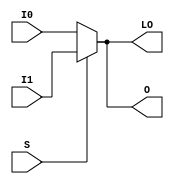
// $Header: /devl/xcs/repo/env/Databases/CAEInterfaces/verunilibs/data/unisims/MUXF6_D.v,v 1.8.158.1 2007/03/09 18:13:10 patrickp Exp $
///////////////////////////////////////////////////////////////////////////////
// Copyright (c) 1995/2004 Xilinx, Inc.
// All Right Reserved.
///////////////////////////////////////////////////////////////////////////////
//   ____  ____
//  /   /\/   /
// /___/  \  /    Vendor : Xilinx
// \   \   \/     Version : 8.1i (I.13)
//  \   \         Description : Xilinx Functional Simulation Library Component
//  /   /                  2-to-1 Lookup Table Multiplexer with Dual Output
// /___/   /\     Filename : MUXF6_D.v
// \   \  /  \    Timestamp : Thu Mar 25 16:42:55 PST 2004
//  \___\/\___\
//
// Revision:
//    03/23/04 - Initial version.
//    02/04/05 - Rev 0.0.1 Remove input/output bufs; Remove unnessasary begin/end;
// End Revision

`timescale  100 ps / 10 ps


module MUXF6_D (LO, O, I0, I1, S);

    output LO, O;
    reg    O, LO;

    input  I0, I1, S;

	always @(I0 or I1 or S)
	    if (S) begin
		O <= I1;
		LO <= I1;
            end
	    else begin
		O <= I0;
		LO <= I0;
	    end
endmodule